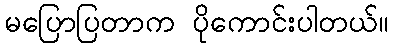
မပြောပြတာက ပိုကောင်းပါတယ်။